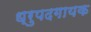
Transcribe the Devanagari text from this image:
ध्रुपदगायक